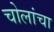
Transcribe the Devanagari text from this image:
चोलांचा